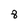
Character: 8